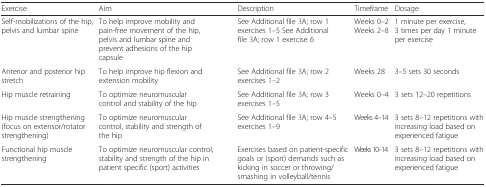
<table><thead><tr><td><b>Exercise</b></td><td><b>Aim</b></td><td><b>Description</b></td><td><b>Timeframe</b></td><td><b>Dosage</b></td></tr></thead><tbody><tr><td>Self-mobilizations of the hip, pelvis and lumbar spine</td><td>To help improve mobility and pain-free movement of the hip, pelvis and lumbar spine and prevent adhesions of the hip capsule</td><td>See Additional file 3A; row 1 exercises 1–5 See Additional file 3A; row 1 exercise 6</td><td>Weeks 0–2 Weeks 2–8</td><td>1 minute per exercise, 3 times per day 1 minute per exercise</td></tr><tr><td>Anterior and posterior hip stretch</td><td>To help improve hip flexion and extension mobility</td><td>See Additional file 3A; row 2 exercises 1–2</td><td>Weeks 28</td><td>3–5 sets 30 seconds</td></tr><tr><td>Hip muscle retraining</td><td>To optimize neuromuscular control and stability of the hip</td><td>See Additional file 3A; row 3 exercises 1–5</td><td>Weeks 0–4</td><td>3 sets 12–20 repetitions</td></tr><tr><td>Hip muscle strengthening (focus on extensor/rotator strengthening)</td><td>To optimize neuromuscular control, stability and strength of the hip</td><td>See Additional file 3A; row 4–5 exercises 1–9</td><td>Weeks 4–14</td><td>3 sets 8–12 repetitions with increasing load based on experienced fatigue</td></tr><tr><td>Functional hip muscle strengthening</td><td>To optimize neuromuscular control, stability and strength of the hip in patient specific (sport) activities</td><td>Exercises based on patient-specific goals or (sport) demands such as kicking in soccer or throwing/smashing in volleyball/tennis</td><td>Weeks 10–14</td><td>3 sets 8–12 repetitions with increasing load based on experienced fatigue</td></tr></tbody></table>